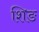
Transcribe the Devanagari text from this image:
शिङ